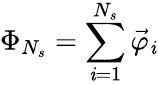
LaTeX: \Phi_{N_{s}}=\sum_{\mathit{i}=1}^{N_{s}}\vec{{\varphi}}_{\mathit{i}}